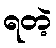
ရတဲ့